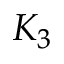
K _ { 3 }